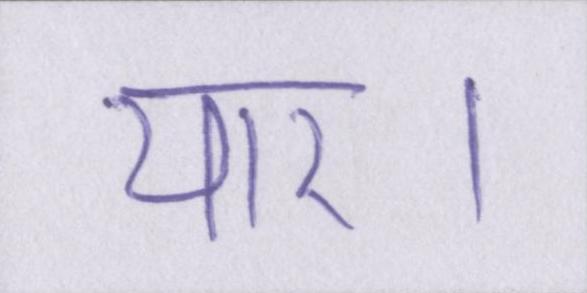
यार।